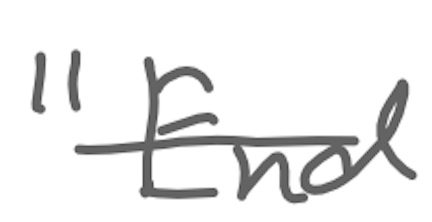
Text: "End
Cross-out: single-line
Writing tool: digital_gray